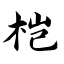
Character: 桤